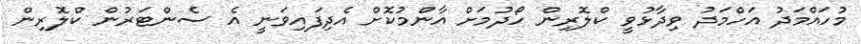
މުހައްމަދު އަހްމަދު ވިދާޅުވީ ކްލޮރިން ހޯދުމަށް އާންމުކޮށް އެދިފައިވަނީ އެ ސެންޓަރުން ކްލޮރިން